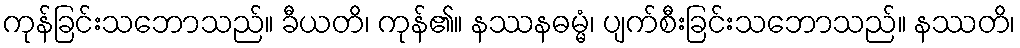
ကုန်ခြင်းသဘောသည်။ ခီယတိ၊ ကုန်၏။ နဿနဓမ္မံ၊ ပျက်စီးခြင်းသဘောသည်။ နဿတိ၊